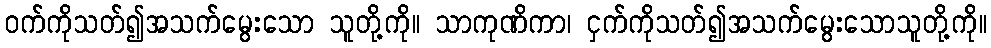
ဝက်ကိုသတ်၍အသက်မွေးသော သူတို့ကို။ သာကုဏိကာ၊ ငှက်ကိုသတ်၍အသက်မွေးသောသူတို့ကို။